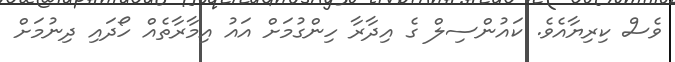
ވެސް ކިރިޔާއެވެ. ކައުންސިލް ގެ އިދާރާ ހިންގުމަށް އައު އިމާރާތެއް ހޯދައި ދިނުމަށް